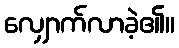
လျှောက်လာခဲ့၏။